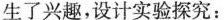
生了兴趣，设计实验探究：